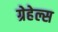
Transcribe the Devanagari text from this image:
ग्रेहेल्स